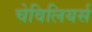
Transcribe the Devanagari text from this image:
चेविलियर्स